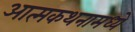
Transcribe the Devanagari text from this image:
आत्मकथनामध्ये